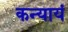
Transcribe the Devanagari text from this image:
कन्यायं